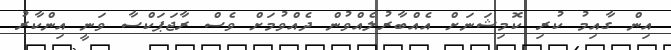
އިން ގާއިމު ކުރި ކޮމިޝަނަށް އެއްބާރުލެއްވުން ދެއްވުމަށް ވެސް ރާޖަޕަކްސާ ވަނީ އިންކާރު